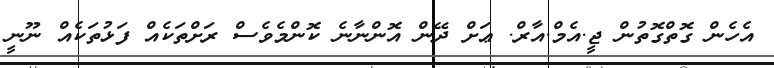
އެހެން ގޮތްގޮތުން ޖީ.އެމް.އާރް. ޢަށް ދޭން އޮންނާނެ ކޮންމެވެސް ރަށްތަކެއް ފަޅުތަކެއް ނޫނީ